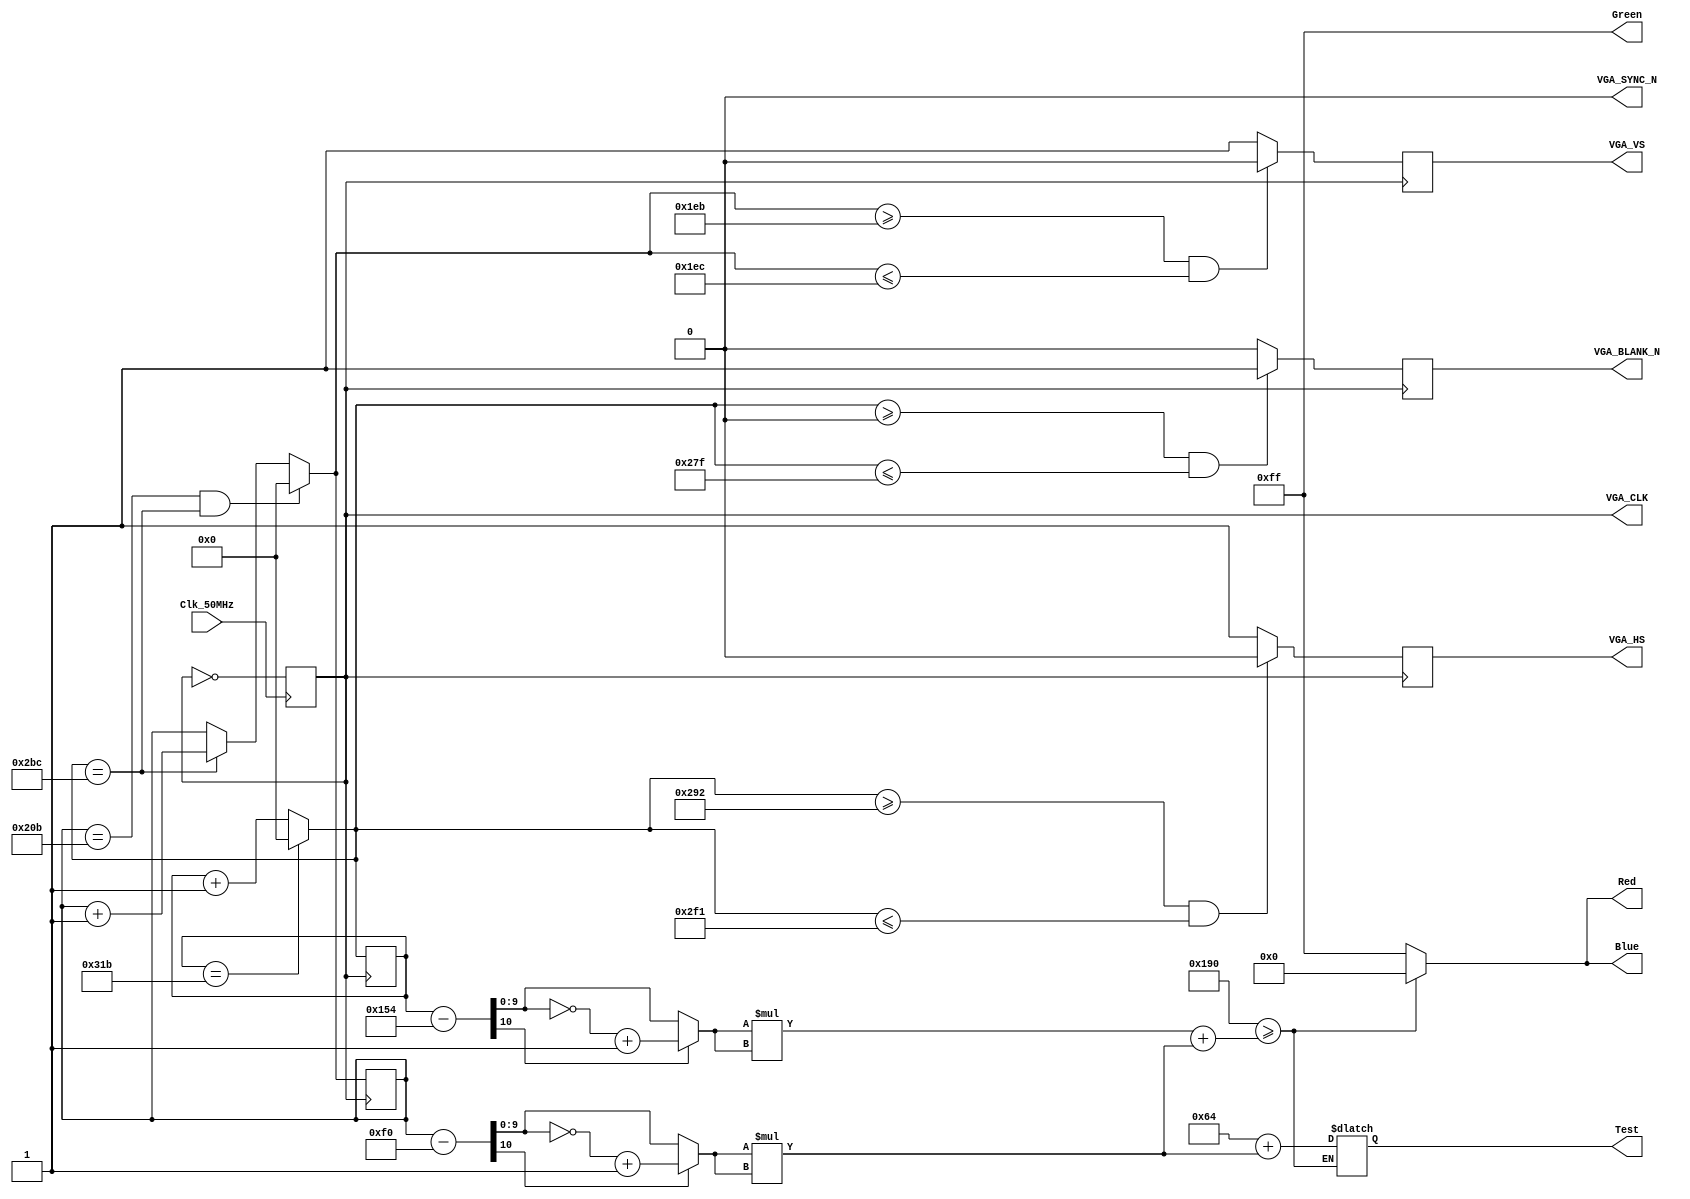
module VGA_Paint(Red, Green, Blue, 
					  VGA_CLK, VGA_BLANK_N, 
					  VGA_HS, VGA_VS, VGA_SYNC_N,
					  Clk_50MHz, Test);
			  
// IO PORT
output reg [7:0]Red, Green, Blue;
output reg VGA_CLK = 1'b0, 
			  VGA_BLANK_N, VGA_HS, VGA_VS, 
			  VGA_SYNC_N = 1'b0;
output reg [20:0]Test;
input Clk_50MHz;

// 25MHz -> 40ns
always@(posedge Clk_50MHz)begin
	VGA_CLK = ~VGA_CLK;
end

// Screen SCAN
reg [9:0]hor_counter, ver_counter;

always@(posedge VGA_CLK)begin
	// Horizontal Scan
	if(hor_counter == 795) hor_counter = 0;
	else hor_counter = hor_counter + 1;
	// Vertical Scan
	if(ver_counter == 523 && hor_counter == 700) ver_counter = 0;
	else if(hor_counter == 700) ver_counter = ver_counter + 1;
	// Horizontal Signal
	if(hor_counter >= 658 && hor_counter <= 753) VGA_HS = 1'b0;
	else VGA_HS = 1'b1;
	// Vertical Signal
	if(ver_counter >= 491 && ver_counter <= 492) VGA_VS = 1'b0;
	else VGA_VS = 1'b1;
	// Output RGB Data
	if(hor_counter >= 0 && hor_counter <= 639) VGA_BLANK_N = 1'b1;
	else VGA_BLANK_N = 1'b0;
end

function [9:0]Sub;
	input [9:0]a, b;
	reg [10:0]sub;
	begin
		sub = a - b;
		if(sub[10]) Sub = (~sub[9:0]) + 1;
		else Sub = sub[9:0];
	end
endfunction

function [19:0]Squ;
	input [9:0]a;
	reg [20:0]squ;
	begin
		squ = a * a;
		if(squ[20]) Squ = (~squ[19:0]) + 1;
		else Squ = squ[19:0];
	end
endfunction

// Display
always@(*)begin
	// Circle (320, 240) r = 20
	if(Squ(20) >= Squ(Sub(hor_counter, 340)) + Squ(Sub(ver_counter, 240)))begin
		Red = 8'd0;
		Green = 8'd255;
		Blue = 8'd0;
	end
	else begin
		Test = Squ(Sub(330, 340)) + Squ(Sub(ver_counter, 240));
		Red = 8'd255;
		Green = 8'd255;
		Blue = 8'd255;
	end
end

endmodule